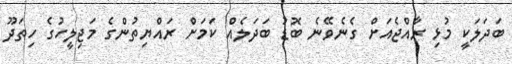
ބަދަލަކީ މުޅި ރާއްޖެއަށް ގެނެވޭނެ ބޮޑު ބަދަލެއް ކަމަށް ރައްޔިތުންގެ މަޖިލީހުގެ ހިތަދޫ